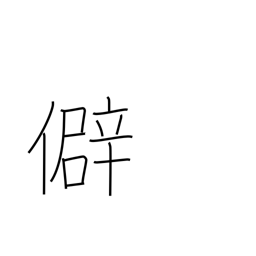
Meaning: prejudice